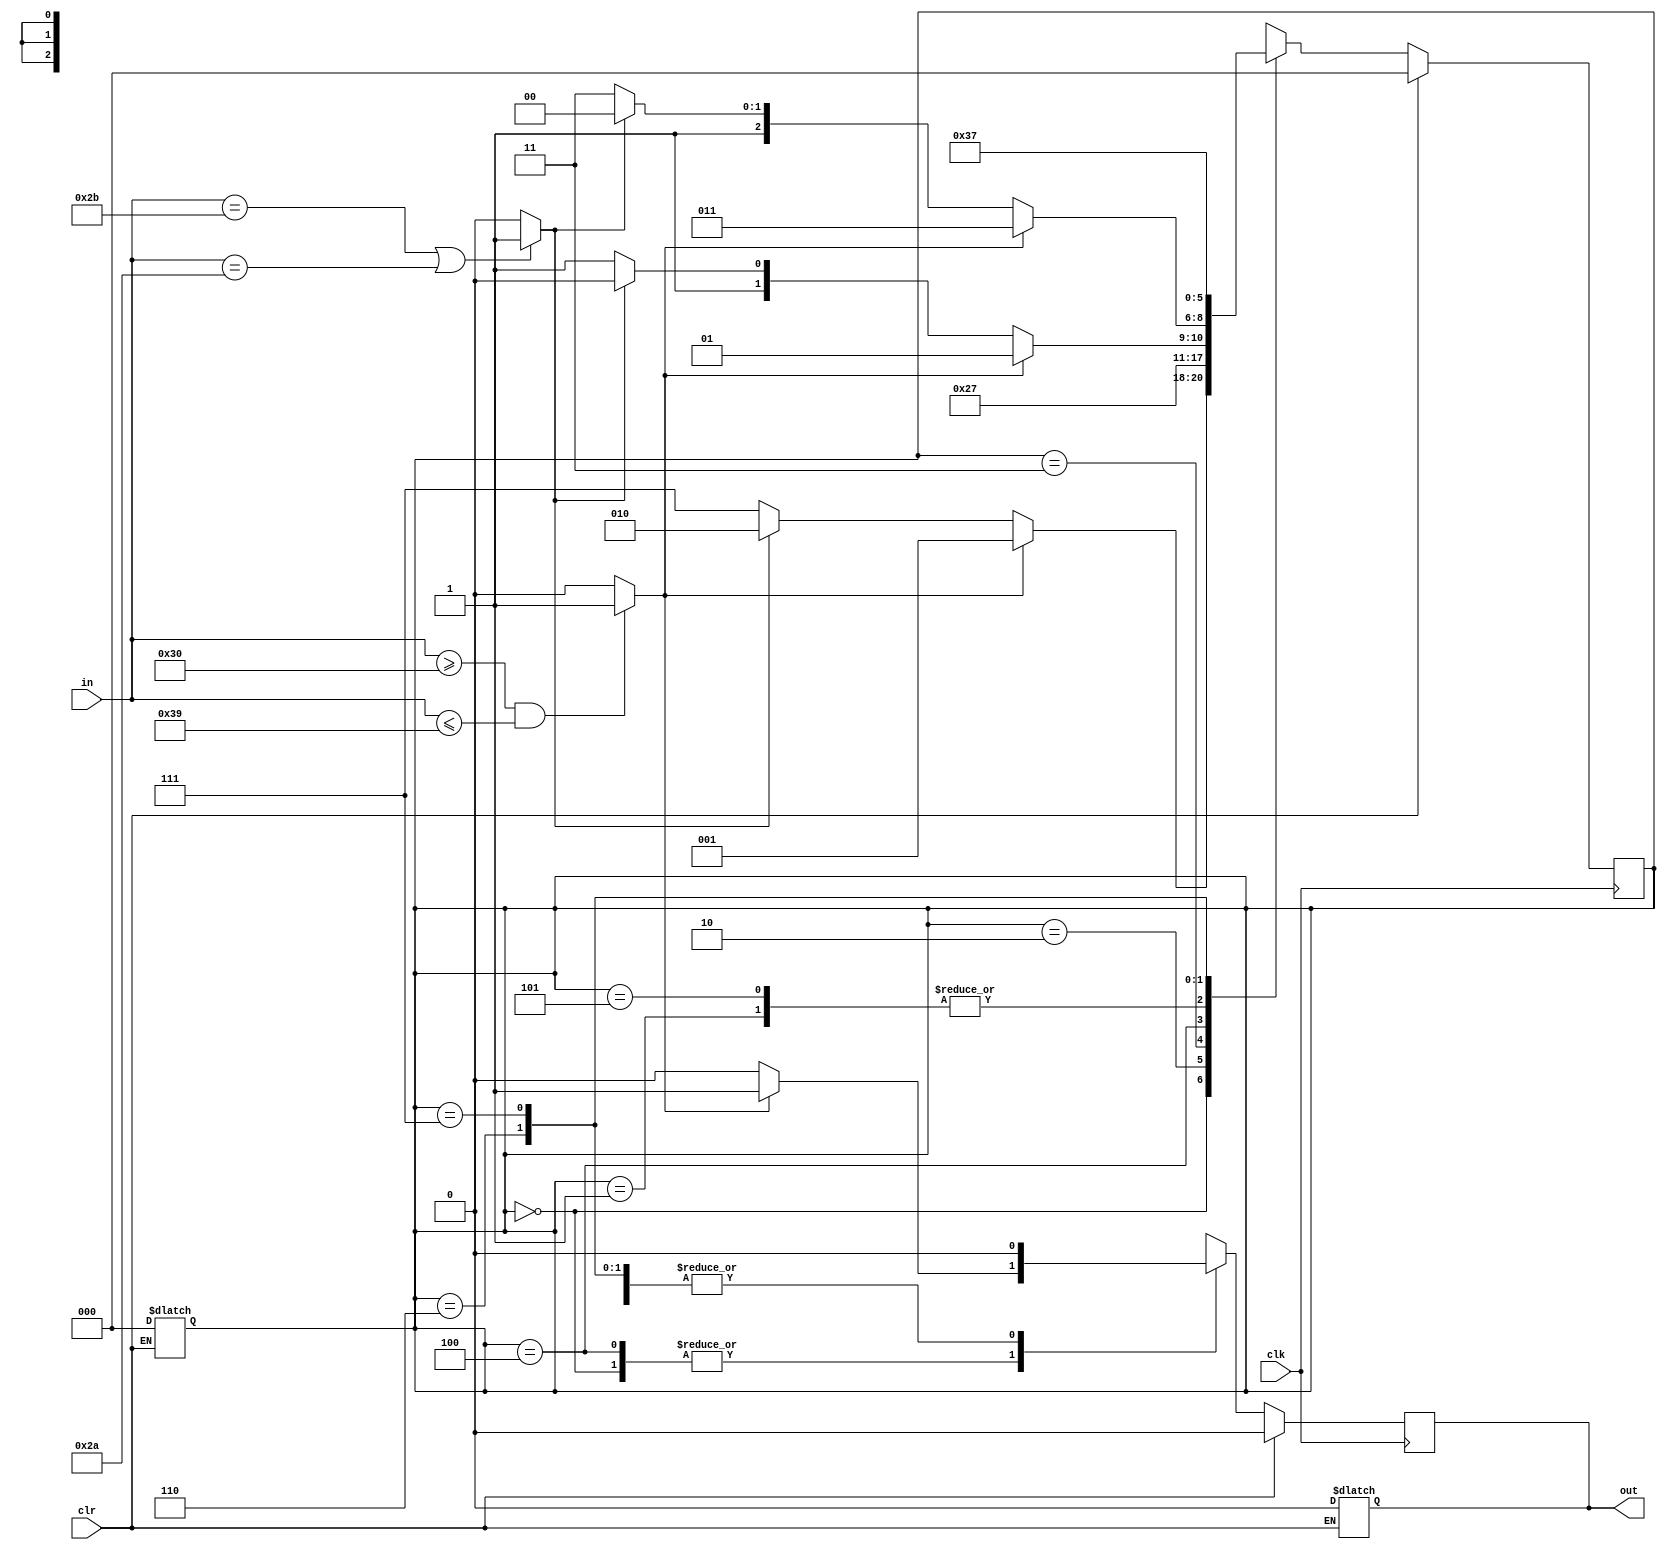
`timescale 1ns / 1ps
//////////////////////////////////////////////////////////////////////////////////
// Company: 
// Engineer: 
// 
// Design Name: 
// Module Name:    expr 
// Project Name: 
// Target Devices: 
// Tool versions: 
// Description: 
//
// Dependencies: 
//
// Revision: 
// Revision 0.01 - File Created
// Additional Comments: 
//
//////////////////////////////////////////////////////////////////////////////////
`define s0 3'b000
`define s1 3'b001
`define s2 3'b010
`define s3 3'b011
`define s4 3'b100
`define s5 3'b101
`define s6 3'b110
`define s7 3'b111
module expr(
    input clk,
    input clr,
    input [7:0] in,
    output reg out
    );
    reg [2:0] state;
    wire isNumber;
    assign isNumber = (in >= "0" && in <= "9") ? 1'b1 : 1'b0;
    wire isOperator;
    assign isOperator = (in == "+" || in == "*") ? 1'b1 : 1'b0;

    always @(*) begin
        if(clr == 1'b1) begin
            state = `s0;
            out = 1'b0;
        end
    end

    always @(posedge clk)begin
        if(clr == 1'b1) begin
            state <= `s0;
            out <= 1'b0;
        end
        else begin
            case(state)
            `s0: //nothing
                begin
                    if(isNumber == 1'b1) begin
                        state <= `s1;
                        out <= 1'b1;
                    end
                    else if(isOperator == 1'b1) begin
                        state <= `s2;
                        out <= 1'b0;
                    end
                    else begin
                        state <= `s7;
                        out <= 1'b0;
                    end
                end
            `s1: // a number
                begin
                    if(isNumber == 1'b1) begin
                        state <= `s3;
                        out <= 1'b0;
                    end
                    else if(isOperator == 1'b1) begin
                        state <= `s4;
                        out <= 1'b0;
                    end
                    else begin
                        state <= `s7;
                        out <= 1'b0;
                    end
                end
            `s2: // a operator
                begin
                    out <= 1'b0;
                    state <= `s2; // over
                end
            `s3:// OK with a number
                begin
                    out <= 1'b0;
                    state <= `s3; //over
                end
            `s4:// OK with a Operator
                begin
                    if(isNumber == 1'b1) begin
                        state <= `s5;
                        out <= 1'b1;
                    end
                    else if(isOperator == 1'b1) begin
                        state <= `s6;
                        out <= 1'b0;
                    end
                    else begin
                        state <= `s7;
                        out <= 1'b0;
                    end
                end
            `s5:// OK
                begin
                    if(isNumber == 1'b1) begin
                        state <= `s3;
                        out <= 1'b0;
                    end
                    else if(isOperator == 1'b1) begin
                        state <= `s4;
                        out <= 1'b0;
                    end
                    else begin
                        state <= `s7;
                        out <= 1'b0;
                    end
                end
            `s6:// OK with a Operator with a Operator
                begin
                    out <= 1'b0;
                    state <= `s6;
                end
            `s7:// false
                begin
                    out <= 1'b0;
                    state <= `s7;
                end
            default :
                begin
                    state <= `s7;
                    out <= 1'b0;
                end
        endcase
        end
    end

endmodule